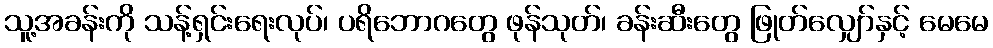
သူ့အခန်းကို သန့်ရှင်းရေးလုပ်၊ ပရိဘောဂတွေ ဖုန်သုတ်၊ ခန်းဆီးတွေ ဖြုတ်လျှော်နှင့် မေမေ